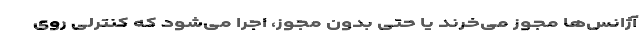
آژانس‌ها مجوز می‌خرند یا حتی بدون مجوز، اجرا می‌شود که کنترلی روی